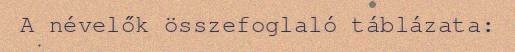
A névelők összefoglaló táblázata: